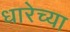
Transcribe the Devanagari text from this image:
धारेच्या